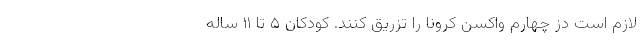
لازم است دُز چهارم واکسن کرونا را تزریق کنند. کودکان ۵ تا ۱۱ ساله